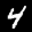
Label: 4